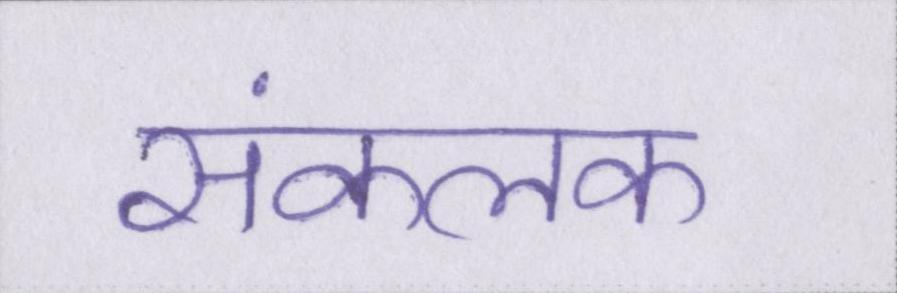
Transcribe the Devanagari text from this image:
संकलक